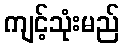
ကျင့်သုံးမည်